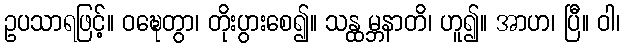
ဥပသာရဖြင့်။ ဝဍ္ဎေတွာ၊ တိုးပွားစေ၍။ သန္ထမ္ဘနာတိ၊ ဟူ၍။ အာဟ၊ ပြီ။ ဝါ၊